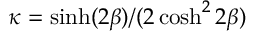
\kappa = \sinh ( 2 \beta ) / ( 2 \cosh ^ { 2 } { 2 \beta } )